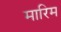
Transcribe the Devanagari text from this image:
मारिम